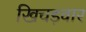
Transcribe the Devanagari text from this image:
खिचड़वार